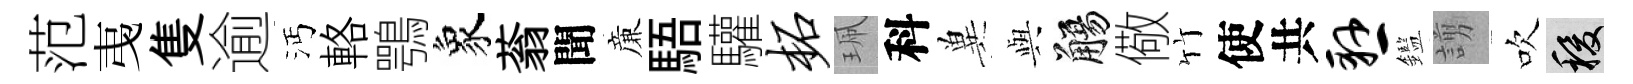
范𢎯隻逾沔輅鶚象蓊聞亷䮏驩柘珮科兾𫤰觴儆竹使共悬鑑謭吹稷